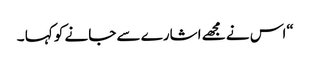
“اس نے مجھے اشارے سے جانے کو کہا ۔